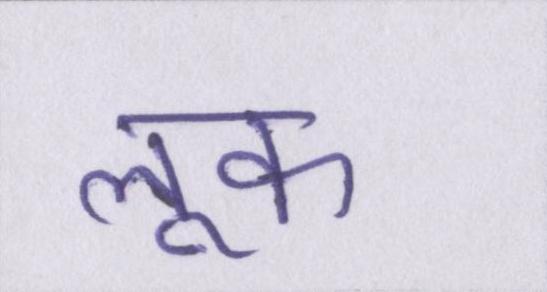
लूक